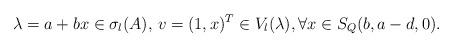
LaTeX: \begin{align*}\lambda=a+bx\in \sigma_l(A),\, v=(1,x)^T\in V_l(\lambda),\forall x\in S_Q(b,a-d,0).\end{align*}